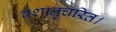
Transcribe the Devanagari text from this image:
वंशानुचरित।